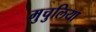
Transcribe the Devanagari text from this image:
मुचुलिया